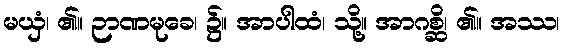
မယှံ၊ ၏။ ဉာဏမုခေ၊ ၌။ အာပါထံ၊ သို့။ အာဂစ္ဆိ၊ ၏။ အဿ၊